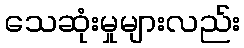
သေဆုံးမှုများလည်း